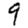
Digit: 9